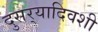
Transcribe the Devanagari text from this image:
दुसर्‍यादिवशी